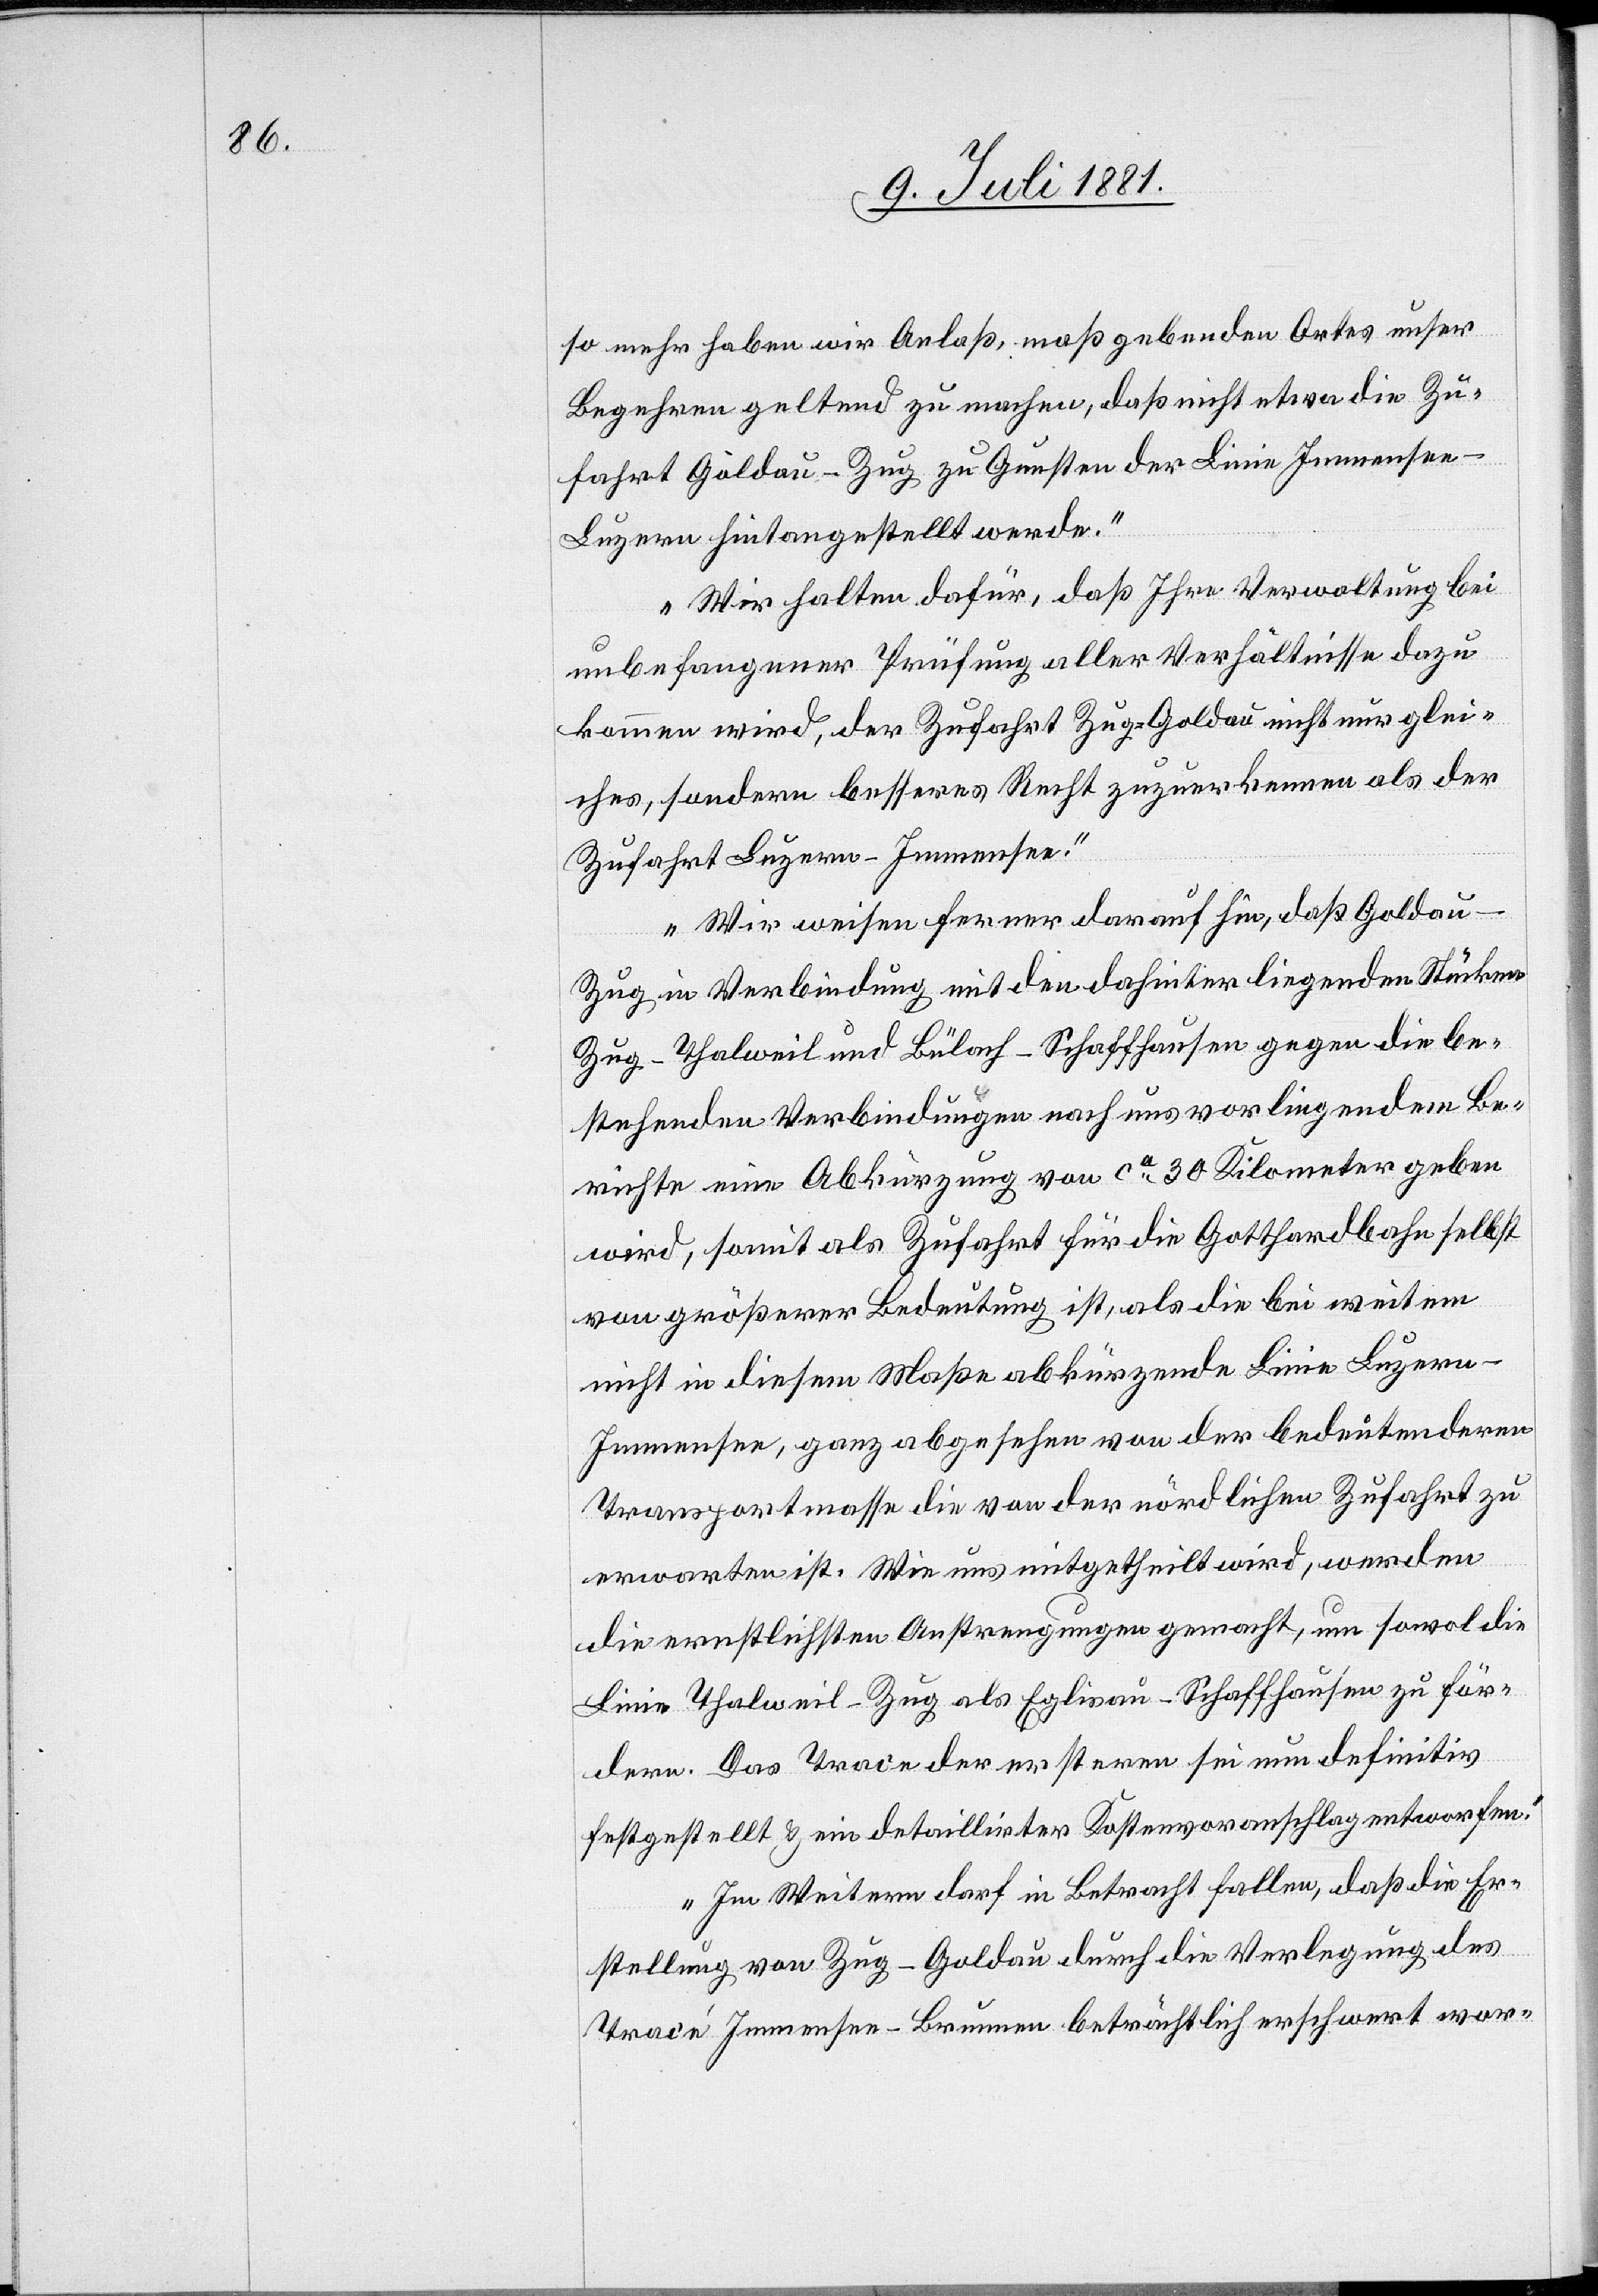
so mehr haben wir Anlaß, maßgebenden Ortes unser
Begehren geltend zu machen, daß nicht etwa die Zu¬
fahrt Goldau–Zug zu Gunsten der Linie Immens¬
e–Luzern hintangestellt werde.
Wir halten dafür, daß Ihre Verwaltung bei
unbefangener Prüfung aller Verhältnisse dazu
kommen wird, der Zufahrt Zug–Goldau nicht nur glei¬
ches, sondern besseres Recht zuzuerkennen als der
Zufahrt Luzern–Immensee.
Wir weisen ferner darauf hin, daß Golda¬
u–Zug–Thalweil und Bülach–Schaffhausen gegen die be¬
stehenden Verbindungen nach uns vorliegenden Be¬
richten eine Abkürzung von ca 30 Kilometer geben
wird, somit als Zufahrt für die Gotthardbahn selbst
von größerer Bedeutung ist, als die bei weitem
nicht in diesem Maße abkürzende Linie Luzern–I¬
mmensee, ganz abgesehen von der bedeutenderen
Transportmasse die von der nördlichen Zufahrt zu
erwarten ist. Wie uns mitgetheilt wird, werden
die ernstlichen Anstrengungen gemacht, um sowol die
Linie Thalweil–Zug als Eglisau–Schaffhausen zu för¬
dern. Das Trace der ersteren sei nun definitiv
festgestellt & ein detaillierter Kostenvoranschlag entworfen.
Im Weitern darf in Betracht fallen, daß die Er¬
stellung von Zug–Goldau durch die Verlegung des
Tracé Immensee–Luzern beträchtlich erschwert wor-